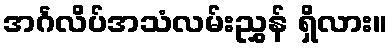
အင်္ဂလိပ်အသံလမ်းညွှန် ရှိလား။